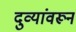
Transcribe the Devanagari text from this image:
दुव्यांवरून